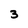
Character: 3